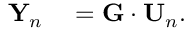
\begin{array} { r l } { { \bf Y } _ { n } } & { { } = { \bf G } \cdot { \bf U } _ { n } . } \end{array}